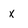
Character: x